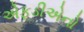
એફડીએનો